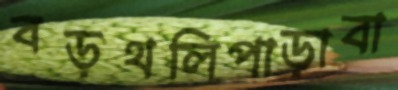
বড়থলিপাড়াবা